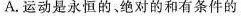
A.运动是永恒的，绝对的和有条件的